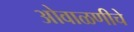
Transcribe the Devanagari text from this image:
ओवाळणीचे